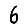
Digit: 6